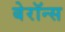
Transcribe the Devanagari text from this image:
बेरॉन्स